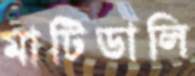
মাটিডালি